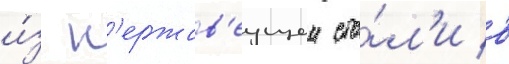
и́з н'ержав'еущеи ста́л'и в